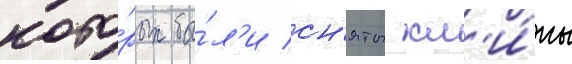
кото́рых бы́л'и сн'яты кл'и́пы